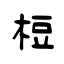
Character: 梪